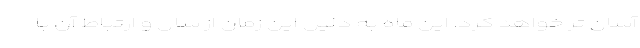
آسان تر خواهد کرد. این ماه به دلیل این زمان از سال و ارتباط آن با